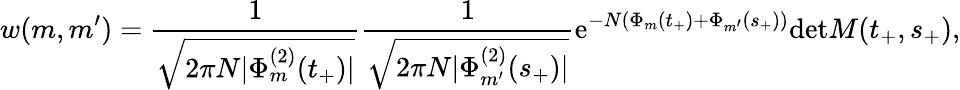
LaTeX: w(m,m^{\prime})=\frac{1}{\sqrt{2\pi N|\Phi_{m}^{(2)}(t_{+})|}}\frac{1}{\sqrt{2\pi N|\Phi_{m^{\prime}}^{(2)}(s_{+})|}}\mathrm{e}^{-N(\Phi_{m}(t_{+})+\Phi_{m^{\prime}}(s_{+}))}\mathrm{det}M(t_{+},s_{+}),